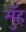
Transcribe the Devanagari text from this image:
मुँंह